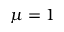
\mu = 1